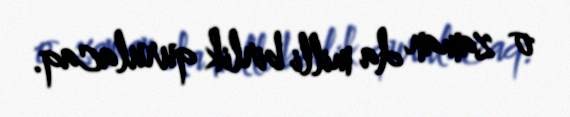
o zaman da milli birlik qurulacaq.